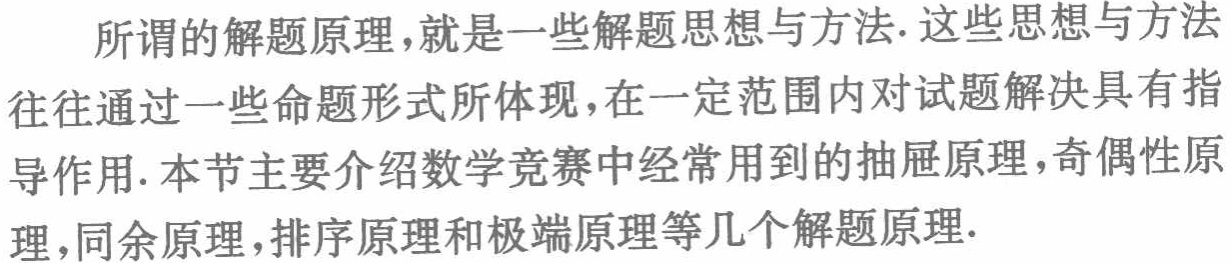
所谓的解题原理，就是一些解题思想与方法. 这些思想与方法往往通过一些命题形式所体现，在一定范围内对试题解决具有指导作用. 本节主要介绍数学竞赛中经常用到的抽屉原理，奇偶性原理，同余原理，排序原理和极端原理等几个解题原理.